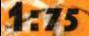
1:75